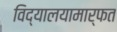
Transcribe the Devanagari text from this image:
विद्यालयामार्फत